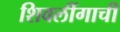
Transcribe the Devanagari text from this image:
शिवलींगाची